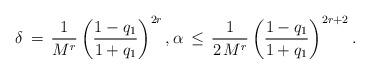
LaTeX: \begin{align*} \delta\,=\,\frac{1}{M^r}\left(\frac{1-q_1}{1+q_1}\right)^{2r},\alpha\,\leq\,\frac{1}{2\,M^r}\left(\frac{1-q_1}{1+q_1}\right)^{2r+2}.\end{align*}